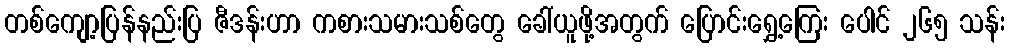
တစ်ကျော့ပြန်နည်းပြ ဇီဒန်းဟာ ကစားသမားသစ်တွေ ခေါ်ယူဖို့အတွက် ပြောင်းရွှေ့ကြေး ပေါင် ၂၆၅ သန်း